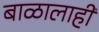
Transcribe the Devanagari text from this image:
बाळालाही